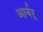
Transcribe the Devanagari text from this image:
आर्बर्